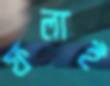
ফলাই